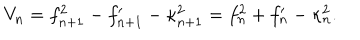
LaTeX: V _ { n } = f _ { n + 1 } ^ { 2 } - f _ { n + 1 } ^ { \prime } - \kappa _ { n + 1 } ^ { 2 } = f _ { n } ^ { 2 } + f _ { n } ^ { \prime } - \kappa _ { n } ^ { 2 } .